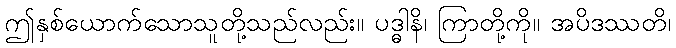
ဤနှစ်ယောက်သောသူတို့သည်လည်း။ ပဒ္ဓါနိ၊ ကြာတို့ကို။ အပိဒဿတိ၊